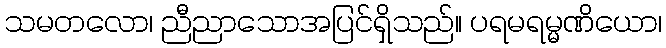
သမတလော၊ ညီညာသောအပြင်ရှိသည်။ ပရမရမ္မဏိယော၊